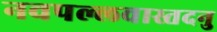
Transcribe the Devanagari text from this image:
नवपल्लवास्तदनु